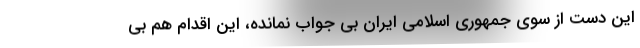
این دست از سوی جمهوری اسلامی ایران بی جواب نمانده، این اقدام هم بی